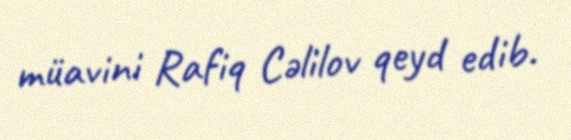
müavini Rafiq Cəlilov qeyd edib.